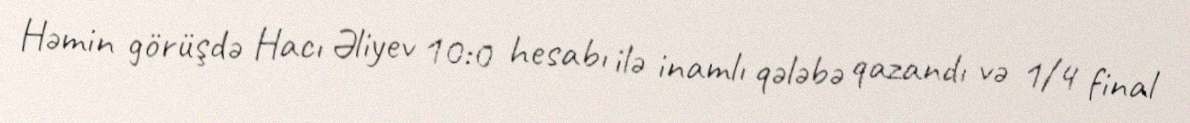
Həmin görüşdə Hacı Əliyev 10:0 hesabı ilə inamlı qələbə qazandı və 1/4 final